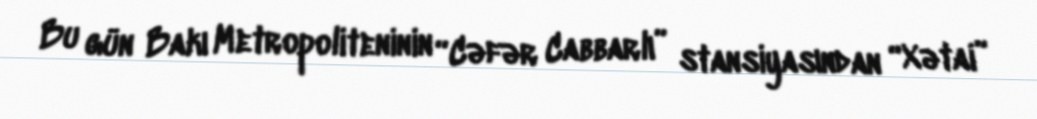
Bu gün Bakı Metropoliteninin “Cəfər Cabbarlı” stansiyasından “Xətai”